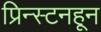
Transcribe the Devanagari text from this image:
प्रिन्स्टनहून